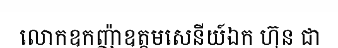
លោកឧកញ៉ាឧត្តមសេនីយ៍ឯក ហ៊ុន ជា